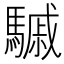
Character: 𩥼